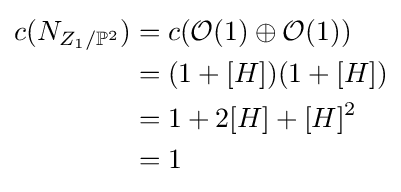
{\begin{aligned}c(N_{Z_{1}/\mathbb {P} ^{2}})&=c({\mathcal {O}}(1)\oplus {\mathcal {O}}(1))\\&=(1+[H])(1+[H])\\&=1+2[H]+[H]^{2}\\&=1\end{aligned}}